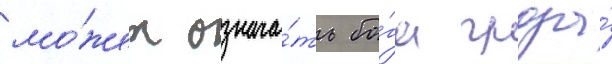
мо́жет означа́ть бо́га грозы́